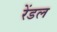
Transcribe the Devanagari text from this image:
रेंडल